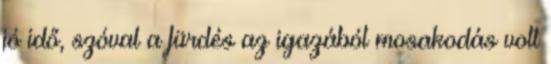
jó idő, szóval a fürdés az igazából mosakodás volt